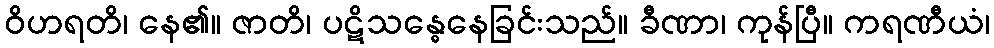
ဝိဟရတိ၊ နေ၏။ ဇာတိ၊ ပဋိသန္ဓေနေခြင်းသည်။ ခီဏာ၊ ကုန်ပြီ။ ကရဏီယံ၊